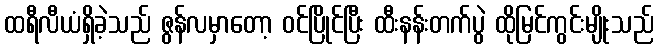
ထရီလီယံရှိခဲ့သည် ဇွန်လမှာတော့ ဝင်ပြိုင်ပြီး ထီးနန်းတက်ပွဲ ထိုမြင်ကွင်းမျိုးသည်